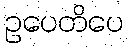
ဥပေတိပေ